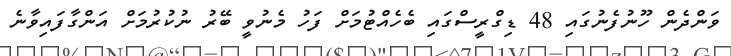
ވަންދެން ހޫނުފެނުގައި 48 ޑިގްރީސްގައި ބެހެއްޓުމަށް ފަހު މެނުވީ ބޭރު ނުކުރުމަށް އަންގާފައިވާނެ